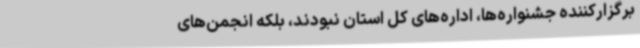
برگزارکننده جشنواره‌ها، اداره‌های کل استان نبودند، بلکه انجمن‌های